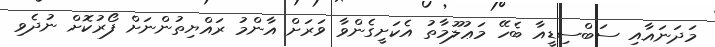
މަދަނައާއި ސަބްސިޑީއާ ބެހޭ މަޢުލޫމާތު އެކަށީގެންވާ ވަރަށް އާންމު ރައްޔިތުންނަށް ފޯރުކޮށް ނުދެވި